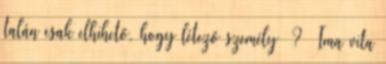
talán csak elhihető, hogy létező személy ?– Ima vita